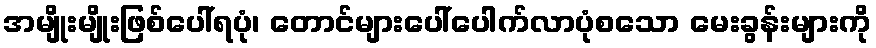
အမျိုးမျိုးဖြစ်ပေါ်ရပုံ၊ တောင်များပေါ်ပေါက်လာပုံစသော မေးခွန်းများကို